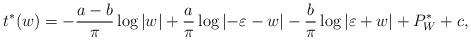
LaTeX: \begin{align*}t^*(w) = -\frac{a-b}{\pi}\log{\lvert w \rvert} + \frac{a}{\pi} \log{\lvert-\varepsilon -w\rvert} - \frac{b}{\pi}\log{\lvert \varepsilon+w\rvert} +P^*_W +c,\end{align*}